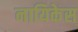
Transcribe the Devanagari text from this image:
नायिकेस